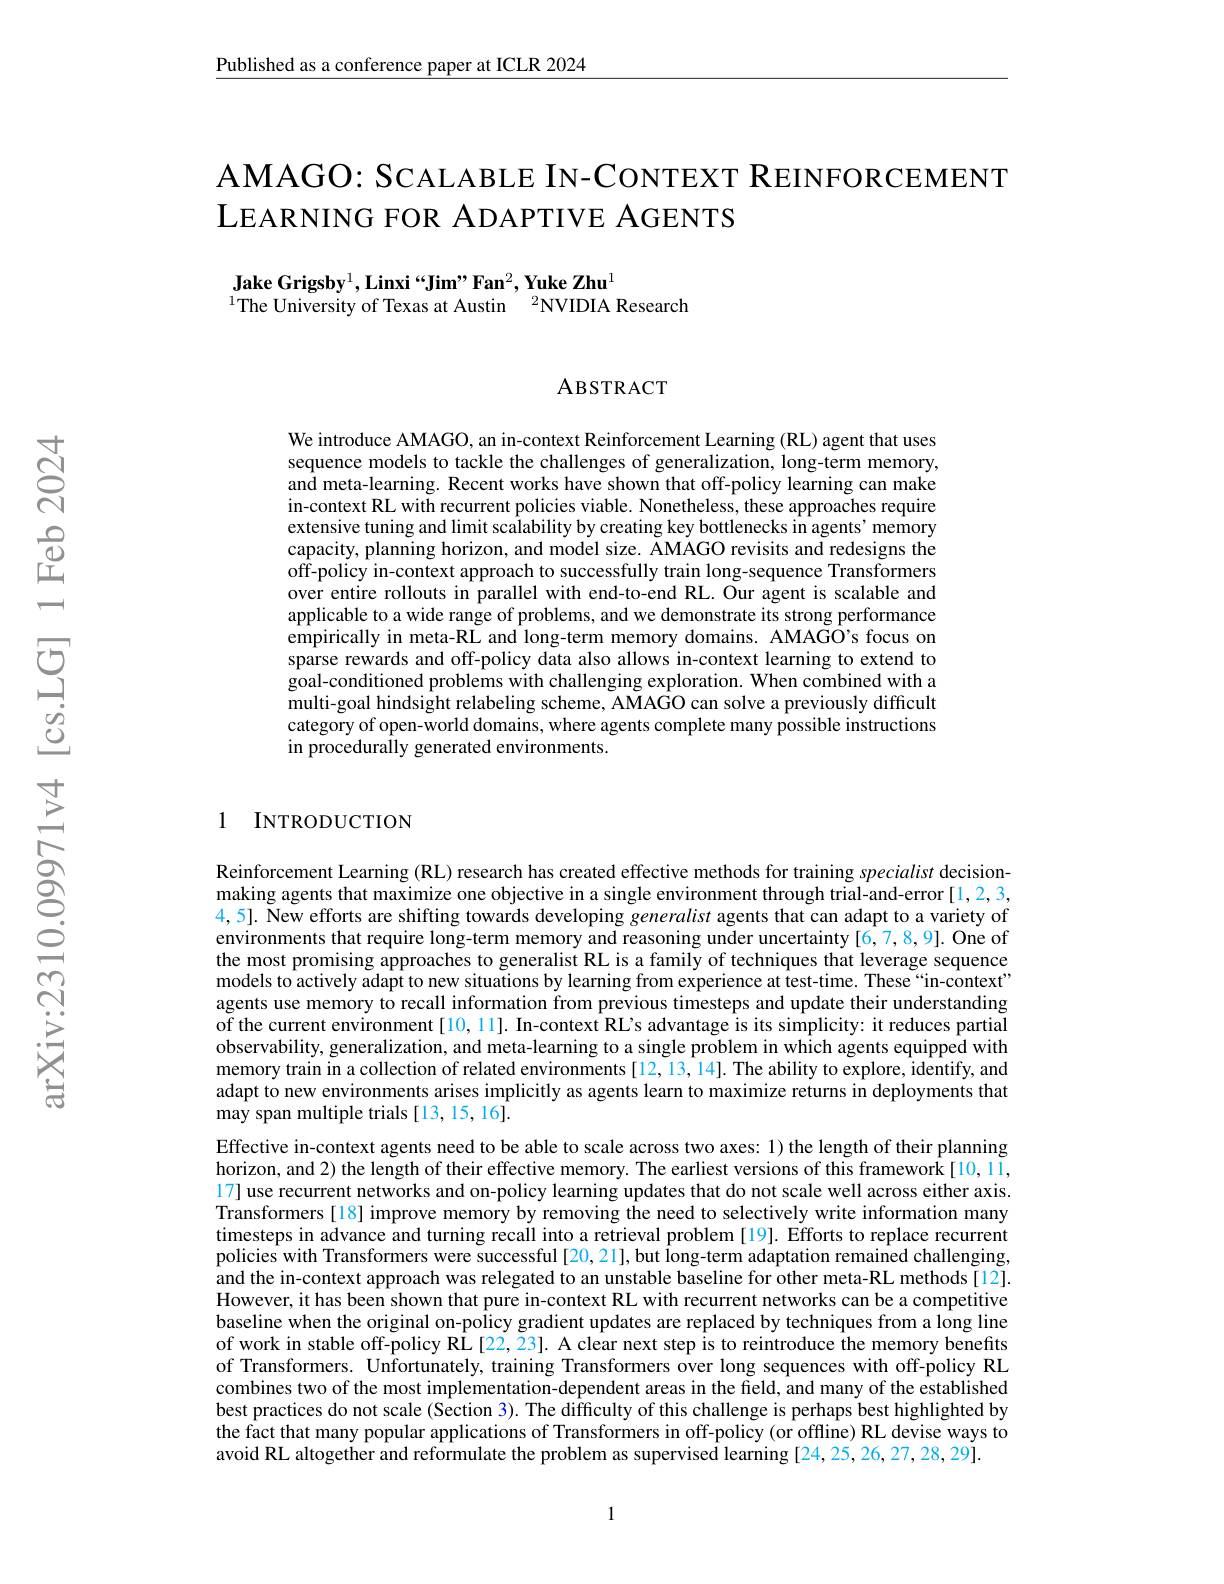
Published as a conference paper at ICLR 2024

# AMAGO: SCALABLE IN-CONTEXT REINFORCEMENT LEARNING FOR ADAPTIVE AGENTS

Jake Grigsby$^1,\textbf{Linxi“Jim”Fan}^2,\textbf{Yuke Zhu}^1$
$^{1}$The University of Texas at Austin$\:^2$NVIDIA Research

ABSTRACT

We introduce AMAGO, an in-context Reinforcement Learning (RL) agent that uses sequence models to tackle the challenges of generalization, long-term memory, and meta-learning. Recent works have shown that off-policy learning can make in-context RL with recurrent policies viable. Nonetheless, these approaches require extensive tuning and limit scalability by creating key bottlenecks in agents' memory capacity, planning horizon, and model size. AMAGO revisits and redesigns the off-policy in-context approach to successfully train long-sequence Transformers over entire rollouts in parallel with end-to-end RL. Our agent is scalable and applicable to a wide range of problems, and we demonstrate its strong performance empirically in meta-RL and long-term memory domains. AMAGO's focus on sparse rewards and off-policy data also allows in-context learning to extend to $\hat{\text{goal-conditioned problems with challenging exploration. When combined with a}}$ multi-goal hindsight relabeling scheme, AMAGO can solve a previously difficult category of open-world domains, where agents complete many possible instructions in procedurally generated environments.

1 INTRODUCTION

Reinforcement Learning (RL) research has created effective methods for training specialist decisionmaking agents that maximize one objective in a single environment through trial-and-error [1,2,3, 4,5]. New efforts are shifting towards developing generalist agents that can adapt to a variety of environments that require long-term memory and reasoning under uncertainty[6,7,8,9]. One of the most promising approaches to generalist RL is a family of techniques that leverage sequence models to actively adapt to new situations by learning from experience at test-time. These“in-context” agents use memory to recall information from previous timesteps and update their understanding of the current environment[10,11]. In-context RL's advantage is its simplicity: it reduces partial observability, generalization, and meta-learning to a single problem in which agents equipped with memory train in a collection of related environments [12, 13, 14]. The ability to explore, identify, and adapt to new environments arises implicitly as agents learn to maximize returns in deployments that may span multiple trials [13,15,16].
Effective in-context agents need to be able to scale across two axes: 1) the length of their planning horizon, and 2) the length of their effective memory. The earliest versions of this framework[10,11, 17] use recurrent networks and on-policy learning updates that do not scale well across either axis. Transformers[18] improve memory by removing the need to selectively write information many timesteps in advance and turning recall into a retrieval problem [19]. Efforts to replace recurrent policies with Transformers were successful[20,21], but long-term adaptation remained challenging, and the in- context approach was relegated to an unstable baseline for other meta- RL methods[ 12] . IL However, it has been shown that pure in-context RL with recurrent networks can be a competitive baseline when the original on-policy gradient updates are replaced by techniques from a long line of work in stable off-policy RL [22, 23]. A clear next step is to reintroduce the memory benefits of Transformers. Unfortunately, training Transformers over long sequences with off-policy RL combines two of the most implementation-dependent areas in the field, and many of the established best practices do not scale (Section 3). The difficulty of this challenge is perhaps best highlighted by the fact that many popular applications of Transformers in off-policy (or offline) RL devise ways to avoid RL altogether and reformulate the problem as supervised learning [24,25,26,27,28,29].

1